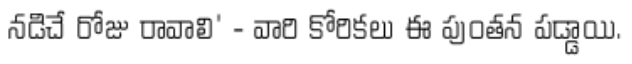
నడిచే రోజు రావాలి' - వారి కోరికలు ఈ పుంతన పడ్డాయి.